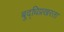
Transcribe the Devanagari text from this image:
बुद्धिप्रखरता